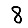
Digit: 8